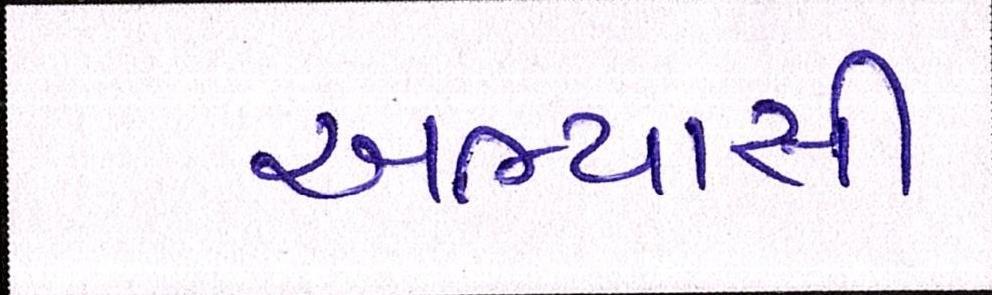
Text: અભ્યાસી